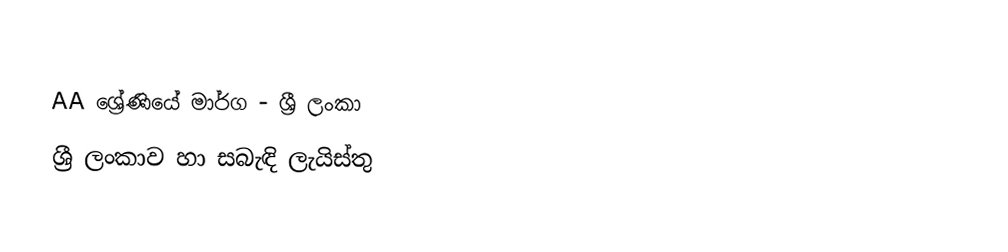
AA ශ්‍රේණියේ මාර්ග - ශ්‍රී ලංකා
ශ්‍රී ලංකාව හා සබැඳි ලැයිස්තු